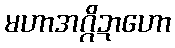
မဟာအဂ္ဂိဍာဟော